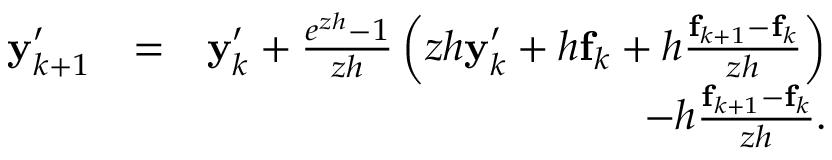
\begin{array} { r l r } { { \bf y } _ { k + 1 } ^ { \prime } } & { = } & { { \bf y } _ { k } ^ { \prime } + \frac { e ^ { z h } - 1 } { z h } \left( z h { \bf y } _ { k } ^ { \prime } + h { \bf f } _ { k } + h \frac { { \bf f } _ { k + 1 } - { \bf f } _ { k } } { z h } \right) } \\ & { } & { - h \frac { { \bf f } _ { k + 1 } - { \bf f } _ { k } } { z h } . } \end{array}